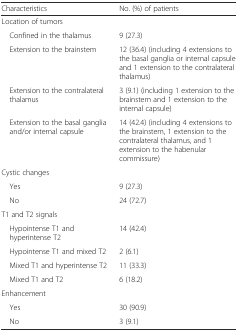
| Characteristics | No. (%) of patients |
 | --- | --- |
 | Location of tumors |  |
 | Confined in the thalamus | 9 (27.3) |
 | Extension to the brainstem | 12 (36.4) (including 4 extensions to the basal ganglia or internal capsule and 1 extension to the contralateral thalamus) |
 | Extension to the contralateral thalamus | 3 (9.1) (including 1 extension to the brainstem and 1 extension to the internal capsule) |
 | Extension to the basal ganglia and/or internal capsule | 14 (42.4) (including 4 extensions to the brainstem, 1 extension to the contralateral thalamus, and 1 extension to the habenular commissure) |
 | Cystic changes |  |
 | Yes | 9 (27.3) |
 | No | 24 (72.7) |
 | T1 and T2 signals |  |
 | Hypointense T1 and hyperintense T2 | 14 (42.4) |
 | Hypointense T1 and mixed T2 | 2 (6.1) |
 | Mixed T1 and hyperintense T2 | 11 (33.3) |
 | Mixed T1 and T2 | 6 (18.2) |
 | <COLSPAN=2> Enhancement |
 | Yes | 30 (90.9) |
 | No | 3 (9.1) |